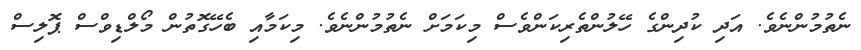
ނެތުމުންނެވެ. އަދި ކުދިންގެ ހޭލުންތެރިކަންވެސް މިކަމަށް ނެތުމުންނެވެ. މިކަމާއި ބެހޭގޮތުން މޯލްޑިވްސް ޕޮލިސް